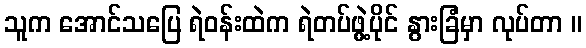
သူက အောင်သပြေ ရဲဝန်းထဲက ရဲတပ်ဖွဲ့ပိုင် နွားခြံမှာ လုပ်တာ ။